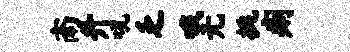
南升吼乏哦元挑痢